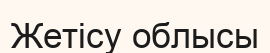
Жетісу облысы